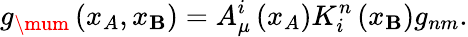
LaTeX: g_{\mum}\left(x_{A},x_{\mathbf{B}}\right)=A_{\mu}^{i}\left(x_{A}\right)K_{i}^{n}\left(x_{\mathbf{B}}\right)g_{nm}.